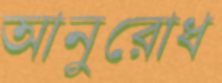
আনুরোধ